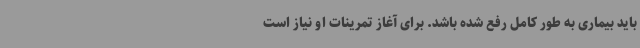
باید بیماری به طور کامل رفع شده باشد. برای آغاز تمرینات او نیاز است